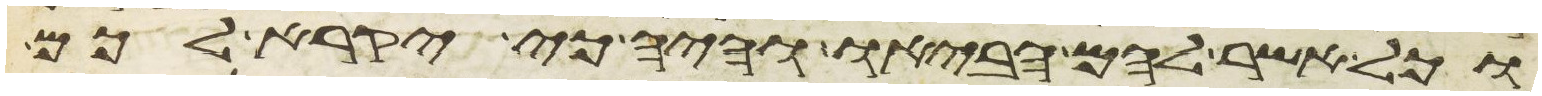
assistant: וכל אשר להם הביאו והיה כי יקרא לכם